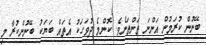
ބޭނުން ކުރަމުން އަންނަ ތަންތަނެވެ. ކޮންމެ ދުވަހަކު އެތައް ބަޔަކު ބޭނުންކުރާ މި